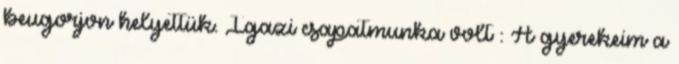
beugorjon helyettük. Igazi csapatmunka volt : A gyerekeim a